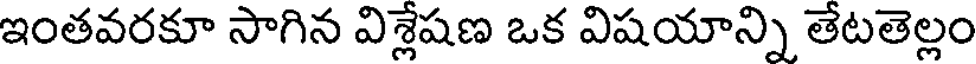
ఇంతవరకూ సాగిన విశ్లేషణ ఒక విషయాన్ని తేటతెల్లం